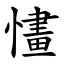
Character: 㦎